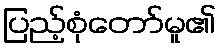
ပြည့်စုံတော်မူ၏